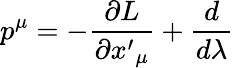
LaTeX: p^{\mu}=-\frac{\partial L}{\partial{x^{\prime}}_{\mu}}+\frac{d}{d\lambda}